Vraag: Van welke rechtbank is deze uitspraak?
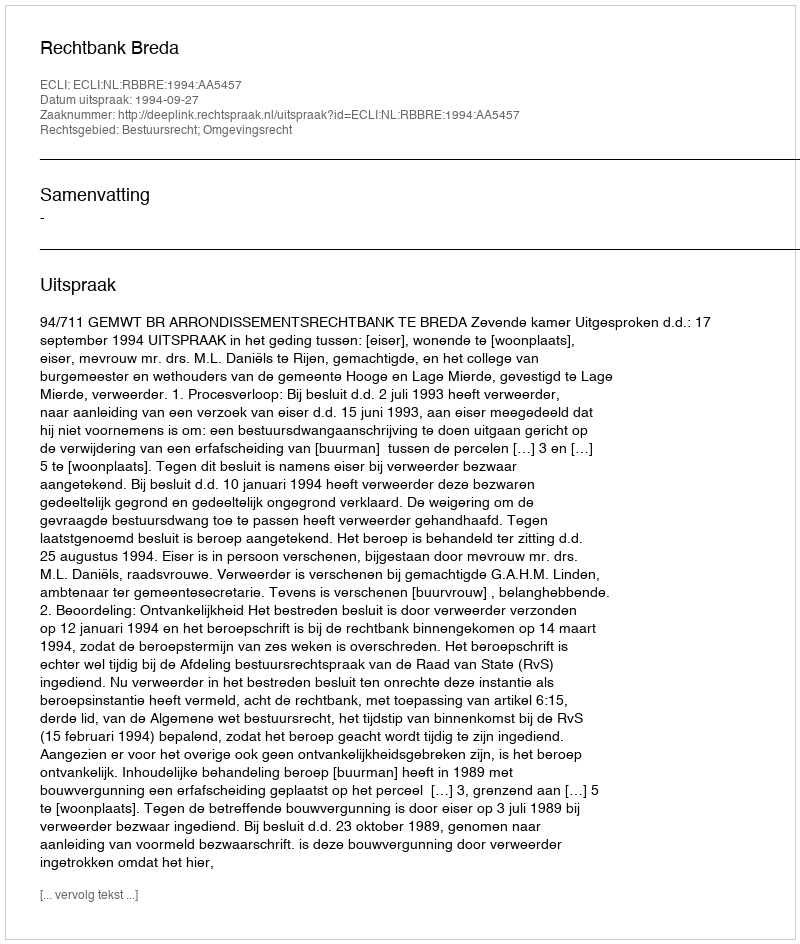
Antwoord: Rechtbank Breda